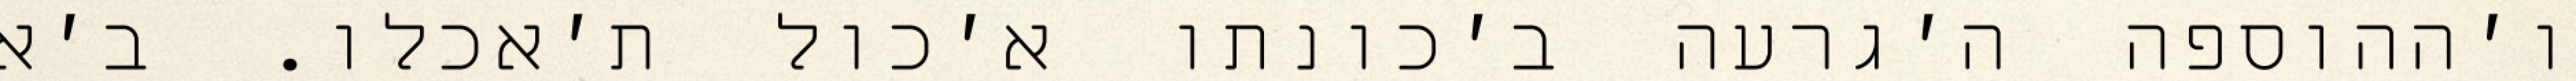
ו׳ההוספה ה׳גרעה ב׳כונתו א׳כול ת׳אכלו. ב׳א